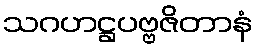
သဂဟဋ္ဌပဗ္ဗဇိတာနံ